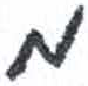
אות: מ